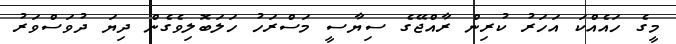
މީގެ ހައެއްކަ އަހަރު ކުރިން ރާއްޖޭގެ ސިޔާސީ މަސްރަހު ހަލަބޮލިވެގެން ދިޔަ ދުވަސްވަރު